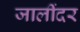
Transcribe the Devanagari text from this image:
जालींदर